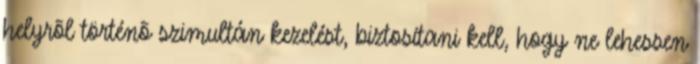
helyrõl történõ szimultán kezelést, biztosítani kell, hogy ne lehessen